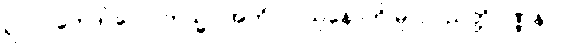
ရာဂပ္ပဘေဒါ လောကသ္မာ အကိလာသုနောတိ မူလပညတ္တိဝဏ္ဏနာ